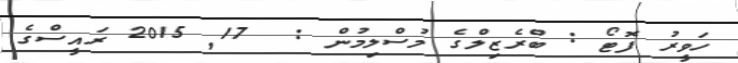
ހަވީރު ފޮޓޯ : ބްރެޒިލްގެ މުސްލިމުން :  17